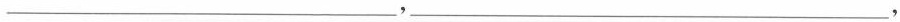
___，___，